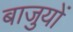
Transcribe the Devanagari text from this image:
बाजुयों